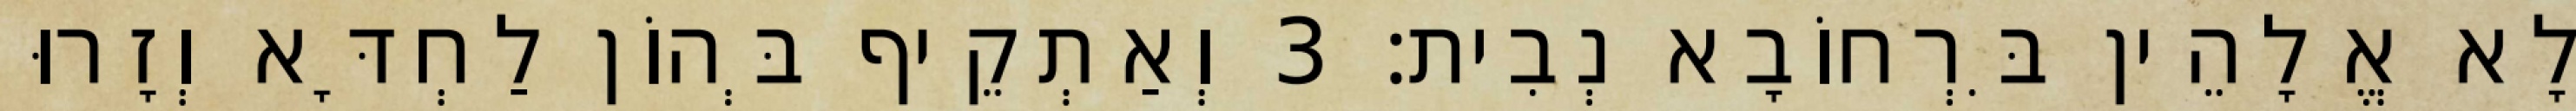
לָא אֱלָהֵין בִּרְחוֹבָא נְבִית׃ 3 וְאַתְקֵיף בְּהוֹן לַחְדָּא וְזָרוּ